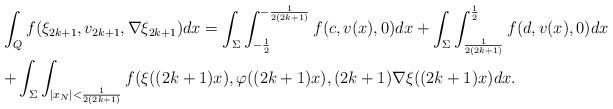
LaTeX: \begin{align*}&\displaystyle{\int_Q f(\xi_{2k+1}, v_{2k+1},\nabla \xi_{2k+1})dx =\int_{\Sigma}\int_{-\frac{1}{2}}^{-\frac{1}{2(2k+1)}}f(c,v(x),0)dx+\int_{\Sigma}\int_{\frac{1}{2(2k+1)}}^\frac{1}{2}f(d, v(x),0)dx}\\&\displaystyle{ + \int_{\Sigma}\int_{|x_N|<\frac{1}{2(2k+1)}} f(\xi((2k+1)x), \varphi((2k+1)x), (2k+1)\nabla \xi((2k+1)x)dx.}\end{align*}